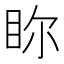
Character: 𥅘